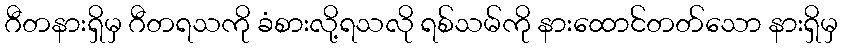
ဂီတနားရှိမှ ဂီတရသကို ခံစားလို့ရသလို ရစ်သမ်ကို နားထောင်တတ်သော နားရှိမှ